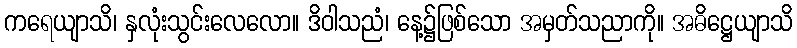
ကရေယျာသိ၊ နှလုံးသွင်းလေလော။ ဒိဝါသညံ၊ နေ့၌ဖြစ်သော အမှတ်သညာကို။ အဓိဋ္ဌေယျာသိ